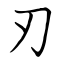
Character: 刃